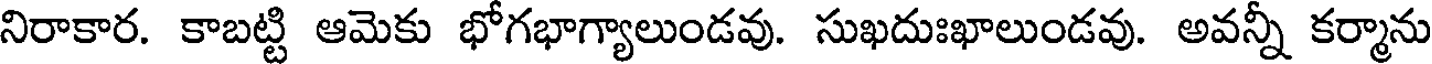
నిరాకార. కాబట్టి ఆమెకు భోగభాగ్యాలుండవు. సుఖదుఃఖాలుండవు. అవన్నీ కర్మాను